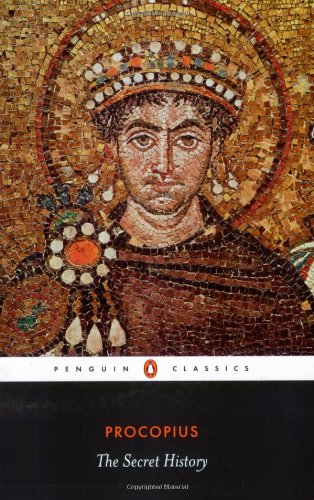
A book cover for The Secret History (Penguin Classics); Procopius; Biographies & Memoirs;